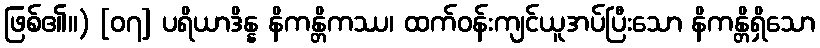
ဖြစ်၏။) [၀၇] ပရိယာဒိန္န နိကန္တိကဿ၊ ထက်ဝန်းကျင်ယူအပ်ပြီးသော နိကန္တိရှိသော